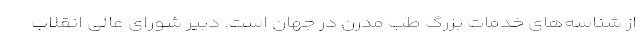
از شناسه‌های خدمات بزرگ طب مدرن در جهان است. دبیر شورای عالی انقلاب